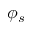
\phi _ { s }